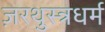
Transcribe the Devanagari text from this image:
ज़रथुस्त्रधर्म